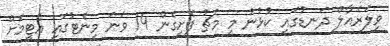
ވިލަރެއާލް ދަނޑުގައި ކުޅުނު މި މެޗު ފެށިގެން 14 ވަނަ މިނެޓުގައި އެޓީމަށް